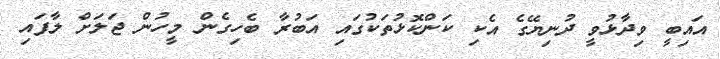
އައިބީ ވިދާޅުވީ ދުނިޔޭގެ އެކި ކަންކޮޅުތަކުގައި އަބުރާ ބެހިގެން މީހުން ޖަލަށް ލާފައި